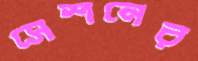
সেশনের